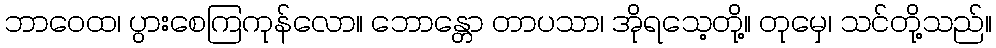
ဘာဝေထ၊ ပွားစေကြကုန်လော။ ဘောန္တော တာပသာ၊ အိုရသေ့တို့။ တုမှေ၊ သင်တို့သည်။